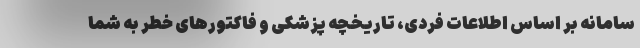
سامانه بر اساس اطلاعات فردی، تاریخچه پزشکی و فاکتورهای خطر به شما